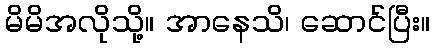
မိမိအလိုသို့။ အာနေသိ၊ ဆောင်ပြီး။